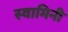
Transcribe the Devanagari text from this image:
स्‍वामिनी